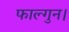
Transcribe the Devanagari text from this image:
फाल्गुन।